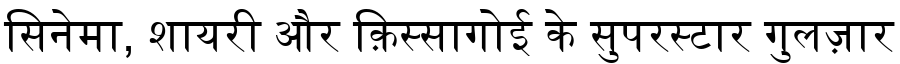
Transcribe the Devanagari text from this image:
सिनेमा, शायरी और क़िस्सागोई के सुपरस्टार गुलज़ार